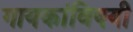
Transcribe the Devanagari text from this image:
गायकांविषयी